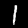
Digit: 1